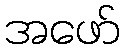
အဖော်